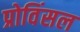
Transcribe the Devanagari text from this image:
प्रोविंसल